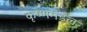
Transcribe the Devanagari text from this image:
कृष्णमंडल